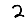
Digit: 2